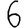
Digit: 6